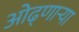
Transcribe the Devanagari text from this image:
ओढ्णार्‍या